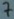
Text: 7